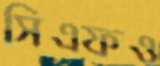
সিএফও